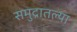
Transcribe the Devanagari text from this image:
समुद्रातल्या